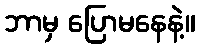
ဘာမှ ပြောမနေနဲ့။